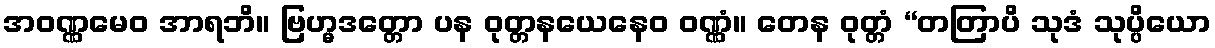
အဝဏ္ဏမေဝ အာရဘိ။ ဗြဟ္မဒတ္တော ပန ဝုတ္တနယေနေဝ ဝဏ္ဏံ။ တေန ဝုတ္တံ “တတြာပိ သုဒံ သုပ္ပိယော